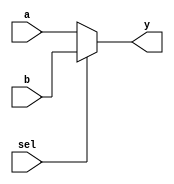
`timescale 1ns / 1ps

module MUX_2 #(parameter mux_width= 32)(
    input [mux_width-1:0] a,b,
    input sel,
    output [mux_width-1:0] y);
    
    assign y = sel ? b : a; // if select = 1 pick b, otherwise pick a (a = 0, b = 1)

endmodule